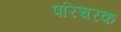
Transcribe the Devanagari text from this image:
परिचरक